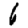
Digit: 6